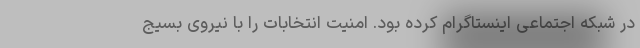
در شبکه اجتماعی اینستاگرام کرده بود. امنیت انتخابات را با نیروی بسیج